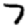
Digit: 7